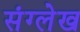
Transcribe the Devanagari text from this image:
संग्लेख